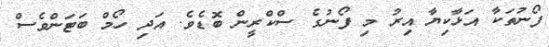
ފޯނުތަކާ އަޅާކިޔާ އިރު މި ފޯނުގެ ސްކްރީން ބޮޑެވެ. އަދި ހޯމް ބަޓަންވެސް